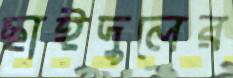
ছাইদুলের